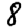
Digit: 8